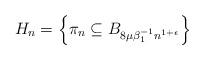
LaTeX: \begin{align*}H_n = \left\{\pi_n \subseteq B_{8\mu \beta_1^{-1} n^{1+\epsilon}}\right\}\end{align*}